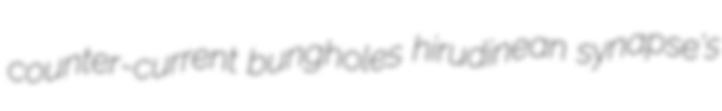
counter-current bungholes hirudinean synapse's